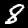
Label: 8